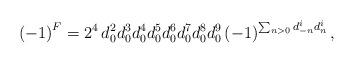
LaTeX: \begin{align*}\left( -1\right)^F = 2^4\, d_0 ^2 d_0^3 d_0 ^4 d_0 ^5 d_0 ^6 d_0 ^7 d_0 ^8d_0 ^9 \left( -1\right)^{\sum_{n>0}d^i _{-n}d^i_n} ,\end{align*}